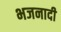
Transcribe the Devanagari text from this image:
भजनादी